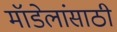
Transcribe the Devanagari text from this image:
मॉडेलांसाठी